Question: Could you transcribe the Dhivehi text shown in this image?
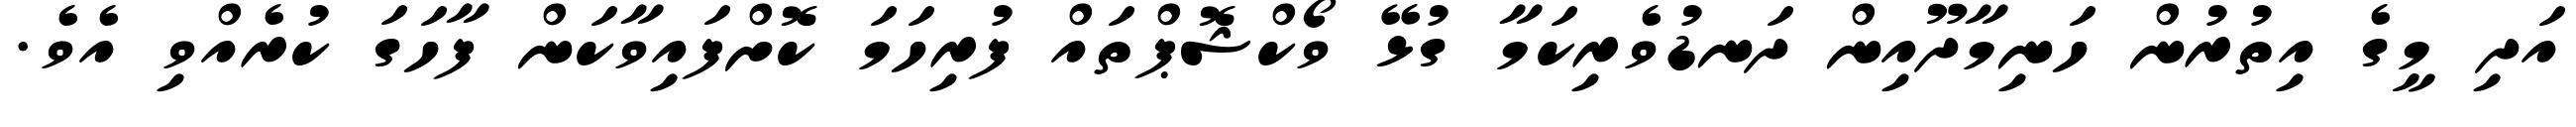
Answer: އަދި މީގެ އިތުރުން ހަނިމާދޫއިން ދަނޑުވެރިކަމާ ގުޅޭ ވޯކްޝޮޕްތައް ފުރިހަމަ ކޮށްފައިވާކަން ފާހަގަ ކުރެއްވި އެވެ.